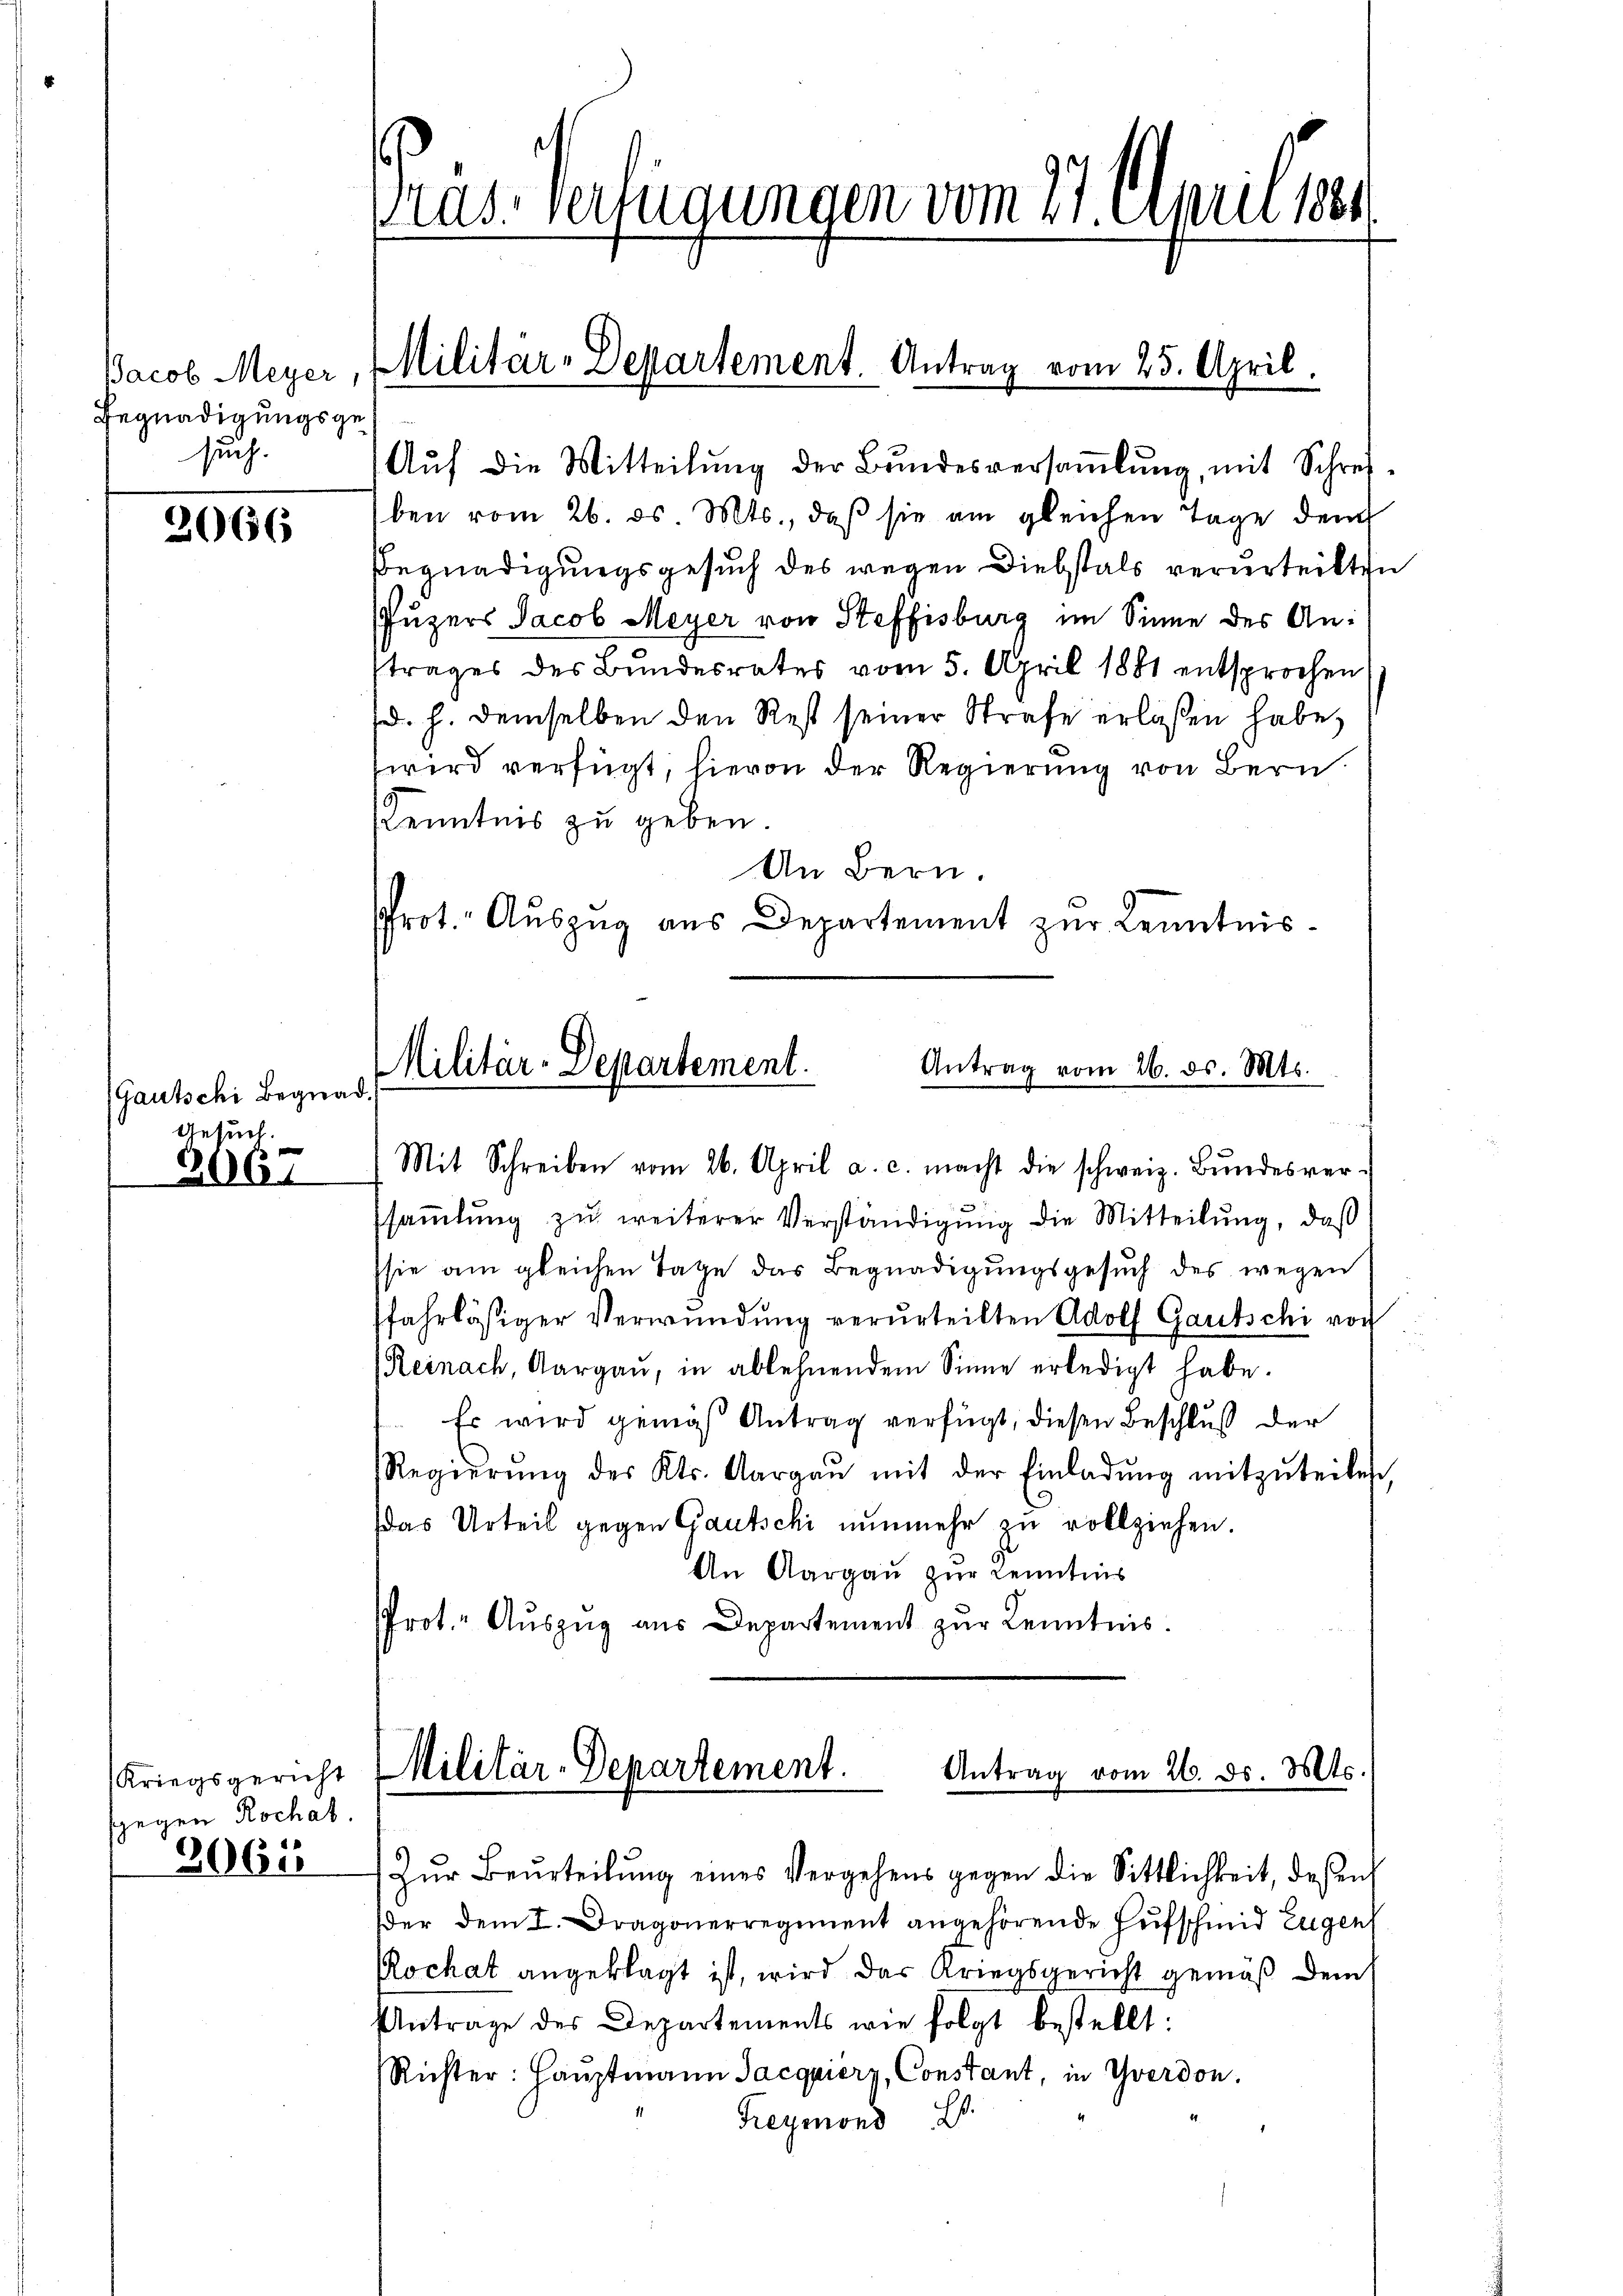
Jacob Meyer,
Begnadigungsgesuch.

2066

(Gautschi Begnad
Gesuch.
2067

Kriegsgericht
ggegen Rochat.

2062

Aŭf die Mitteilŭng der Bŭndesversaṁlŭng, mit Schref-
ben vom 26. ds. Mts., daß sie am gleichen Tage dem
Begnadigungsgesuch des wegen Diebstals verurteilten
Puzers Jacob Meyer von Steffisburg im Sinne des Antrages des Bundesrates vom 5. April 1881 entsprochen
(d. h. demselben den Rest seiner Strafe erlaßen habe,
wird verfügt, hievon der Regierung von Bern
Kenntnis zu geben.
An Bern.
Prot. Auszug aus Departement zur Kenntnis¬

Pras. Verfügungen vom 27. April 1884

Militär-Departement. Antrag vom 25. April.

Mit Schreiben vom 26. April a. c. macht die schweiz. Bŭndesver-
sammlung zu weiterer Verständigung die Mitteilung, daß
sie am gleichen Tage das Begnadigungsgesŭch des wegen
fahrläßiger Verwundung verurteilten Adolf Gautschi vor
Reinach, Aargaŭ, in ablehnendem Sinne erledigt habe.
Es wird gemäß Antrag verfügt, diesen Beschluß der
Regierŭng des Kts. Aargaŭ mit der Einladŭng mitzŭteilen,
das Urteil gegen Gautschi nunmehr zu vollziehen
An Aargau zur Kenntnis
Prot. Aŭszŭg ans Departement zŭr Kenntnis.

Militär-Departement.
Antrag vom 26. ds. Mts.

Militär-Departement.
Antrag vom 26. ds. Mts.

Zŭr Beurteilŭng eines Vergehens gegen die Sittlichkeit, deßen
der dem I. Dragonerregiment angehörende Hufschmid Eugen
Rochat angeklagt ist, wird das Kriegsgericht gemäß dem
Antrage des Departements wie folgt bestellt:
Richter: Hauptmann Jacquiery, Constant, in Yverdon.
Freymond